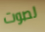
لصوت